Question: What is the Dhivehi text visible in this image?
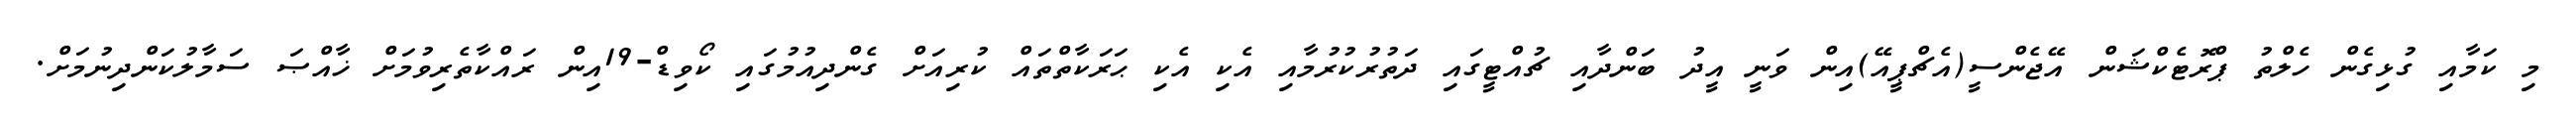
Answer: މި ކަމާއި ގުޅިގެން ހެލްތު ޕްރޮޓެކްޝަން އޭޖެންސީ(އެޗްޕީއޭ)އިން ވަނީ އީދު ބަންދާއި ޗުއްޓީގައި ދަތުރުކުރުމާއި އެކި އެކި ޙަރަކާތްތައް ކުރިއަށް ގެންދިއުމުގައި ކޯވިޑް-19އިން ރައްކާތެރިވުމަށް ޚާއްޞަ ސަމާލުކަންދިނުމަށް.